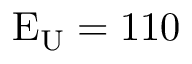
\mathrm { E _ { U } = 1 1 0 }